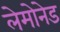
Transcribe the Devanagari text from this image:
लेमोनेड